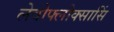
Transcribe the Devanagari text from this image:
लेवोफ्लोक्सासिं